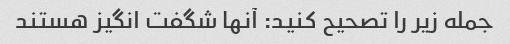
جمله زیر را تصحیح کنید: آنها شگفت انگیز هستند